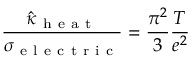
\frac { \hat { \kappa } _ { \mathrm { ~ h ~ e ~ a ~ t ~ } } } { \sigma _ { \mathrm { ~ e ~ l ~ e ~ c ~ t ~ r ~ i ~ c ~ } } } = \frac { \pi ^ { 2 } } { 3 } \frac { T } { e ^ { 2 } }